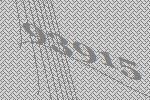
93915